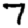
Digit: 7